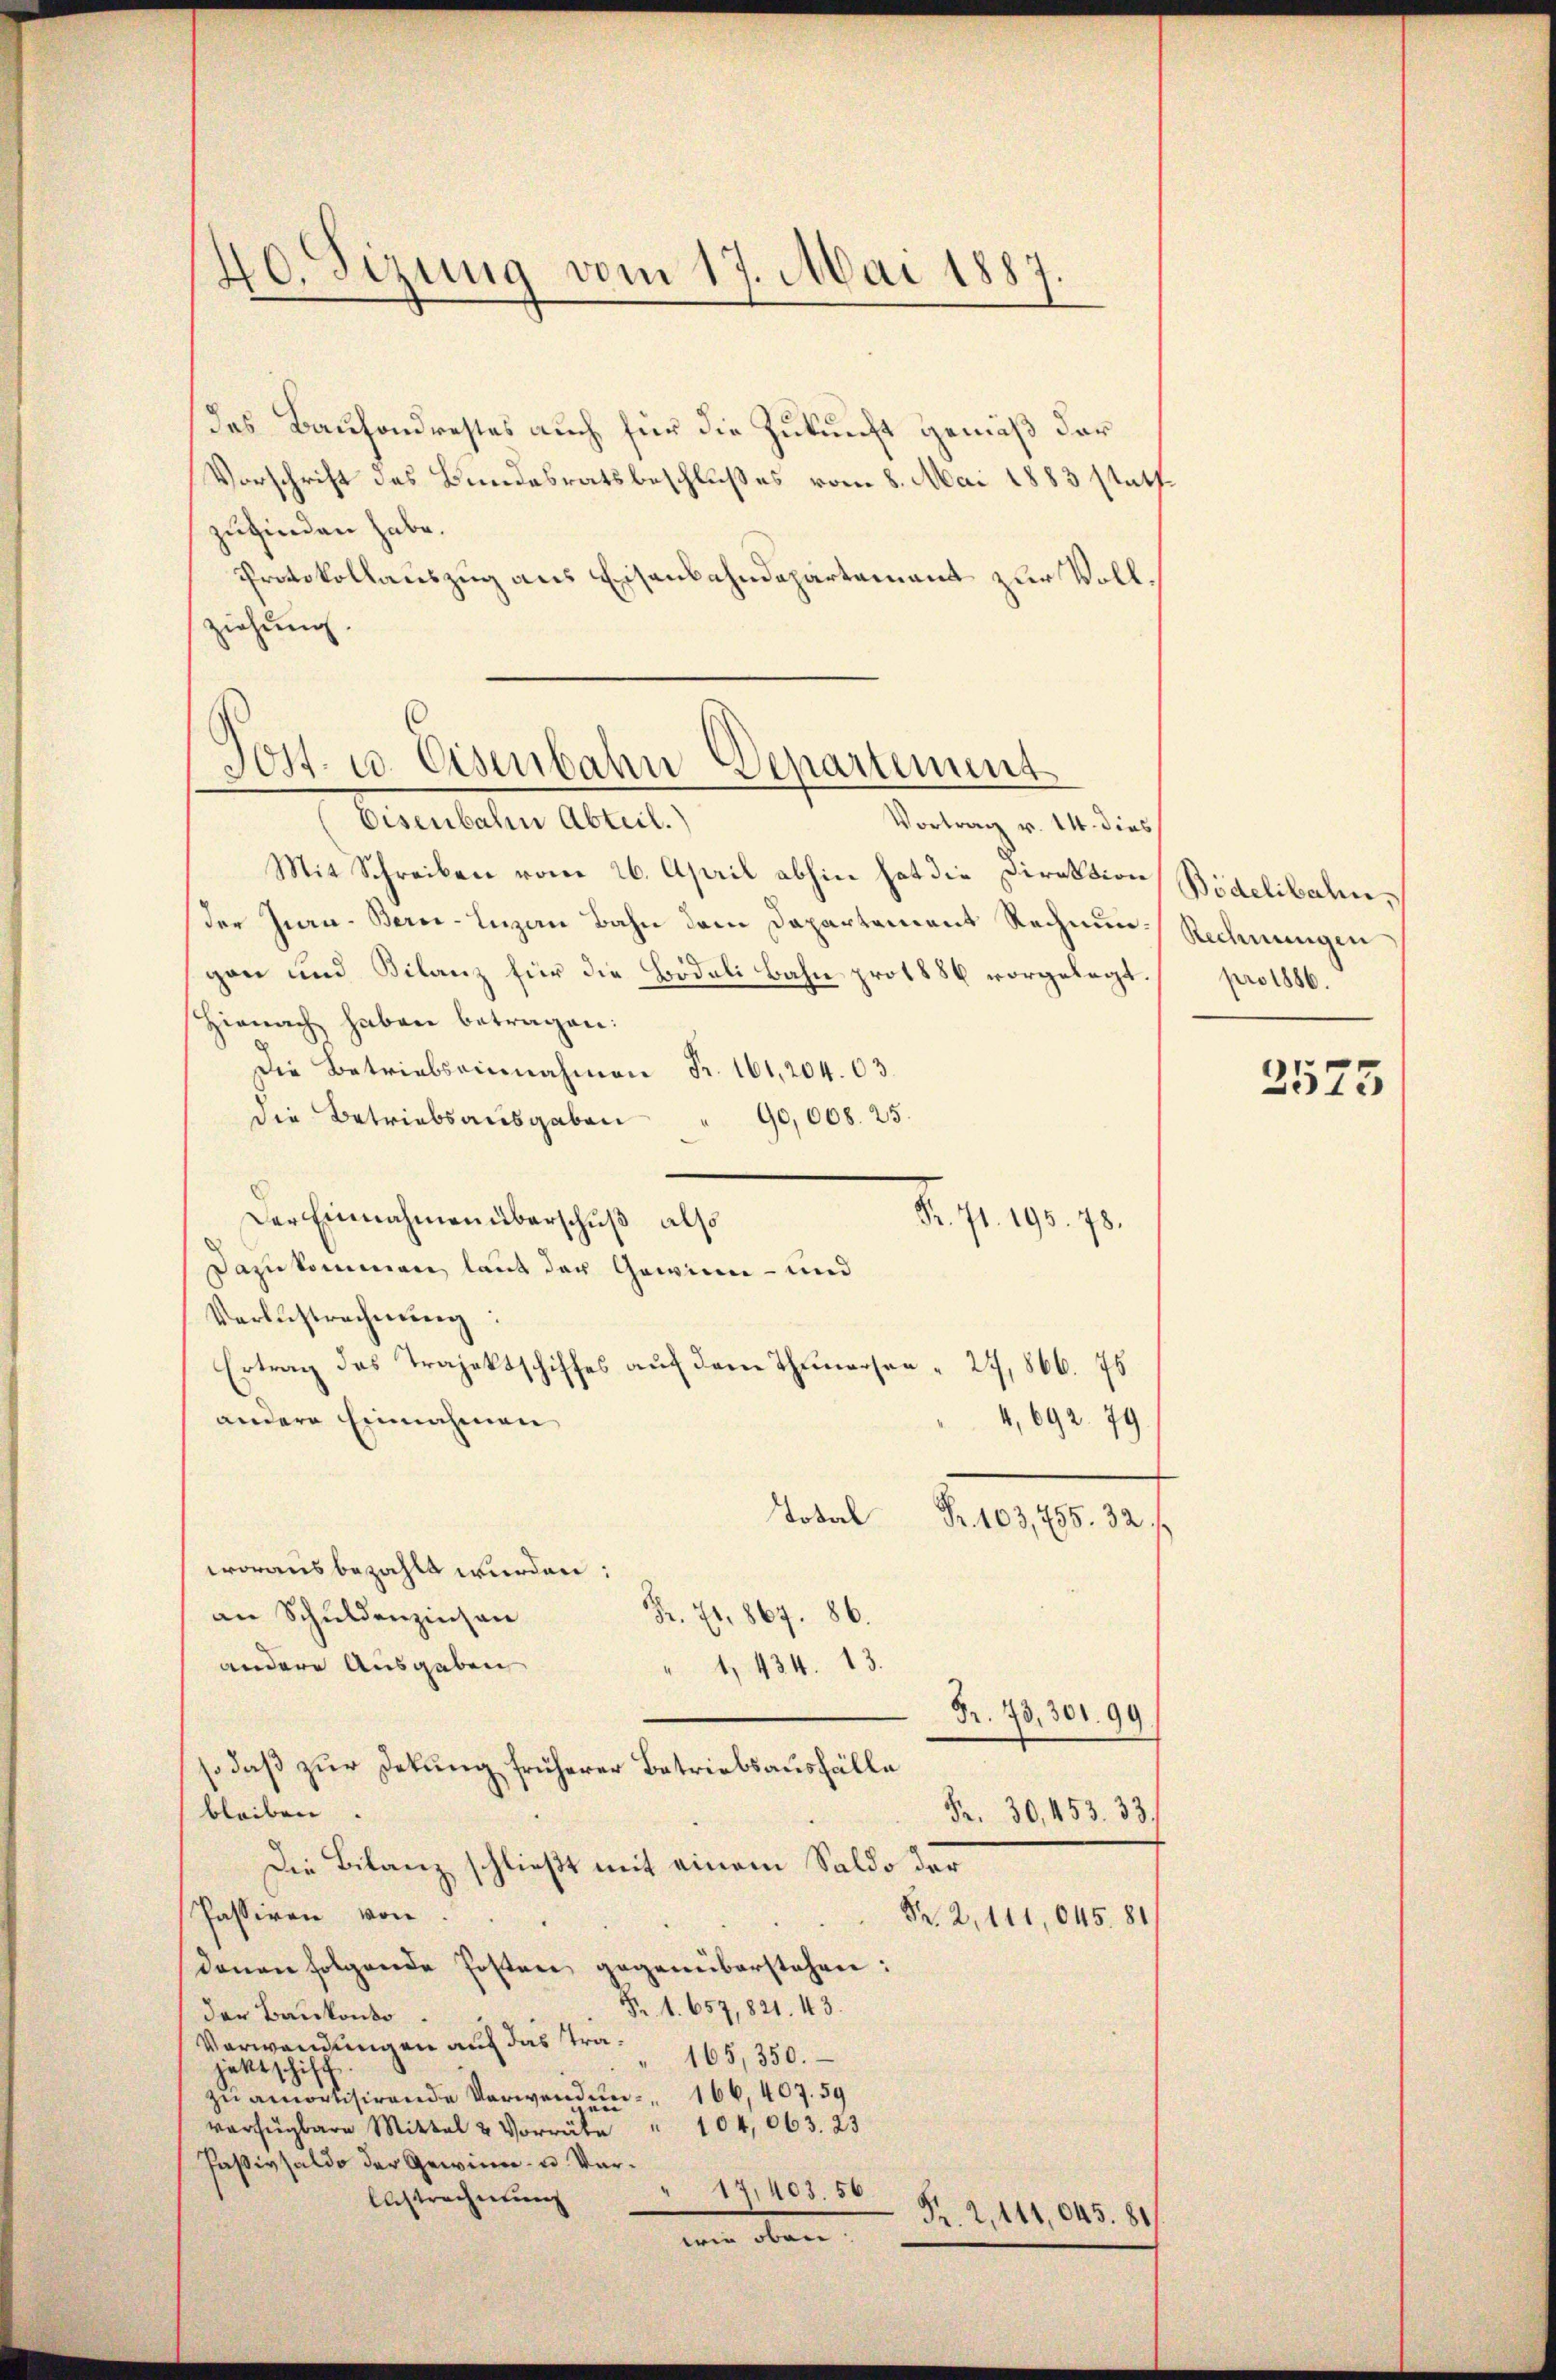
40. Sizung vom 17. Mai 1887.

des Bauhondrestes auch für die Zukunft gemäß der
Vorschrift des Bundesratsbeschlußes vom 8. Mai 1883 statt
zufinden habe.
Protokollauszug aus Eisenbahndepartement zur Vollziehung.

Post. u. Eisenbahn Departement

Eisenbahn Abteil.
Vortrag v. 14. dies
Mit Schreiben vom 26. April abhin hat die Direktion Bidelibahnder Jura - Berne-Luzern Bahn dem Departement Rechnung Rechnungen
gan und Bilanz für die Bödeli Bahn pro 1886 vorgelegt.
Hienach haben betragen:
Die Betriebseinnahmen Fr. 161, 204. 03.
die Betriebsausgaben " 90,008. 25.
Der Einnahmen überschuß also
Dazu kommen, laut der Gewinn- und
Verlustrechnŭng
Ertrag des Trajektschiffes auf dem Thunersee  27, 866. 76
andere Einnahmen
4, 692. 79.
Total
Fr. 103,755. 32. f
worausbezahlt wurden:
Fr. 71. 867. 86.
an Schuldenzinsen
andere Ausgaben
1, 434. 13.
Fr. 73, 301. 99
so daß zur Dekung früherer Betriebsausfälle
bleiben.
Fr. 30, 453. 33.
Die Bilanz schließt mit einem Saldo der
Passiren von
Pr. 2, 111,045. 81
denen folgende Posten gegenüberstehen:
Fr. 1. 657, 821. 43.
der Baukonto
Verwendungen auf das Trä¬
165, 350.
jektschiff.
zu amortisirende Verwenden 166, 407. 59
verfügbare Mittel u Vorräte " 104,063. 23
Paßivsaldo der Gewinn- u. Ver¬
" 17,403. 56
Abstrechnung
Pr. 2, 111,045. 81
von oben

Nr. 91. 193. 178.

pro 1886.

2575